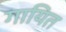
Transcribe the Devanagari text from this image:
गायित